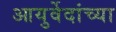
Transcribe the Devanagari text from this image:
आयुर्वेदांच्या